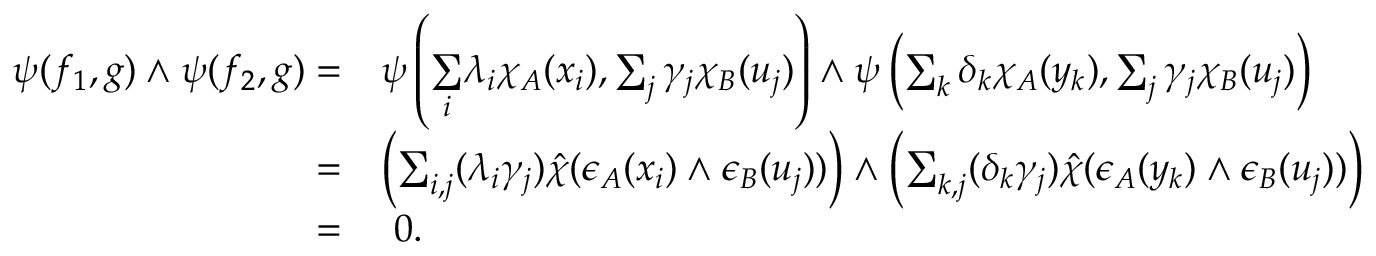
\begin{array} { r l } { \psi ( f _ { 1 } , g ) \wedge \psi ( f _ { 2 } , g ) = } & { \psi \left( \underset { i } \sum \lambda _ { i } \chi _ { A } ( x _ { i } ) , \sum _ { j } \gamma _ { j } \chi _ { B } ( u _ { j } ) \right) \wedge \psi \left( \sum _ { k } \delta _ { k } \chi _ { A } ( y _ { k } ) , \sum _ { j } \gamma _ { j } \chi _ { B } ( u _ { j } ) \right) } \\ { = } & { \left( \sum _ { i , j } ( \lambda _ { i } \gamma _ { j } ) \hat { \chi } ( \epsilon _ { A } ( x _ { i } ) \wedge \epsilon _ { B } ( u _ { j } ) ) \right) \wedge \left( \sum _ { k , j } ( \delta _ { k } \gamma _ { j } ) \hat { \chi } ( \epsilon _ { A } ( y _ { k } ) \wedge \epsilon _ { B } ( u _ { j } ) ) \right) } \\ { = } & { \ 0 . } \end{array}